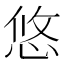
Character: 悠